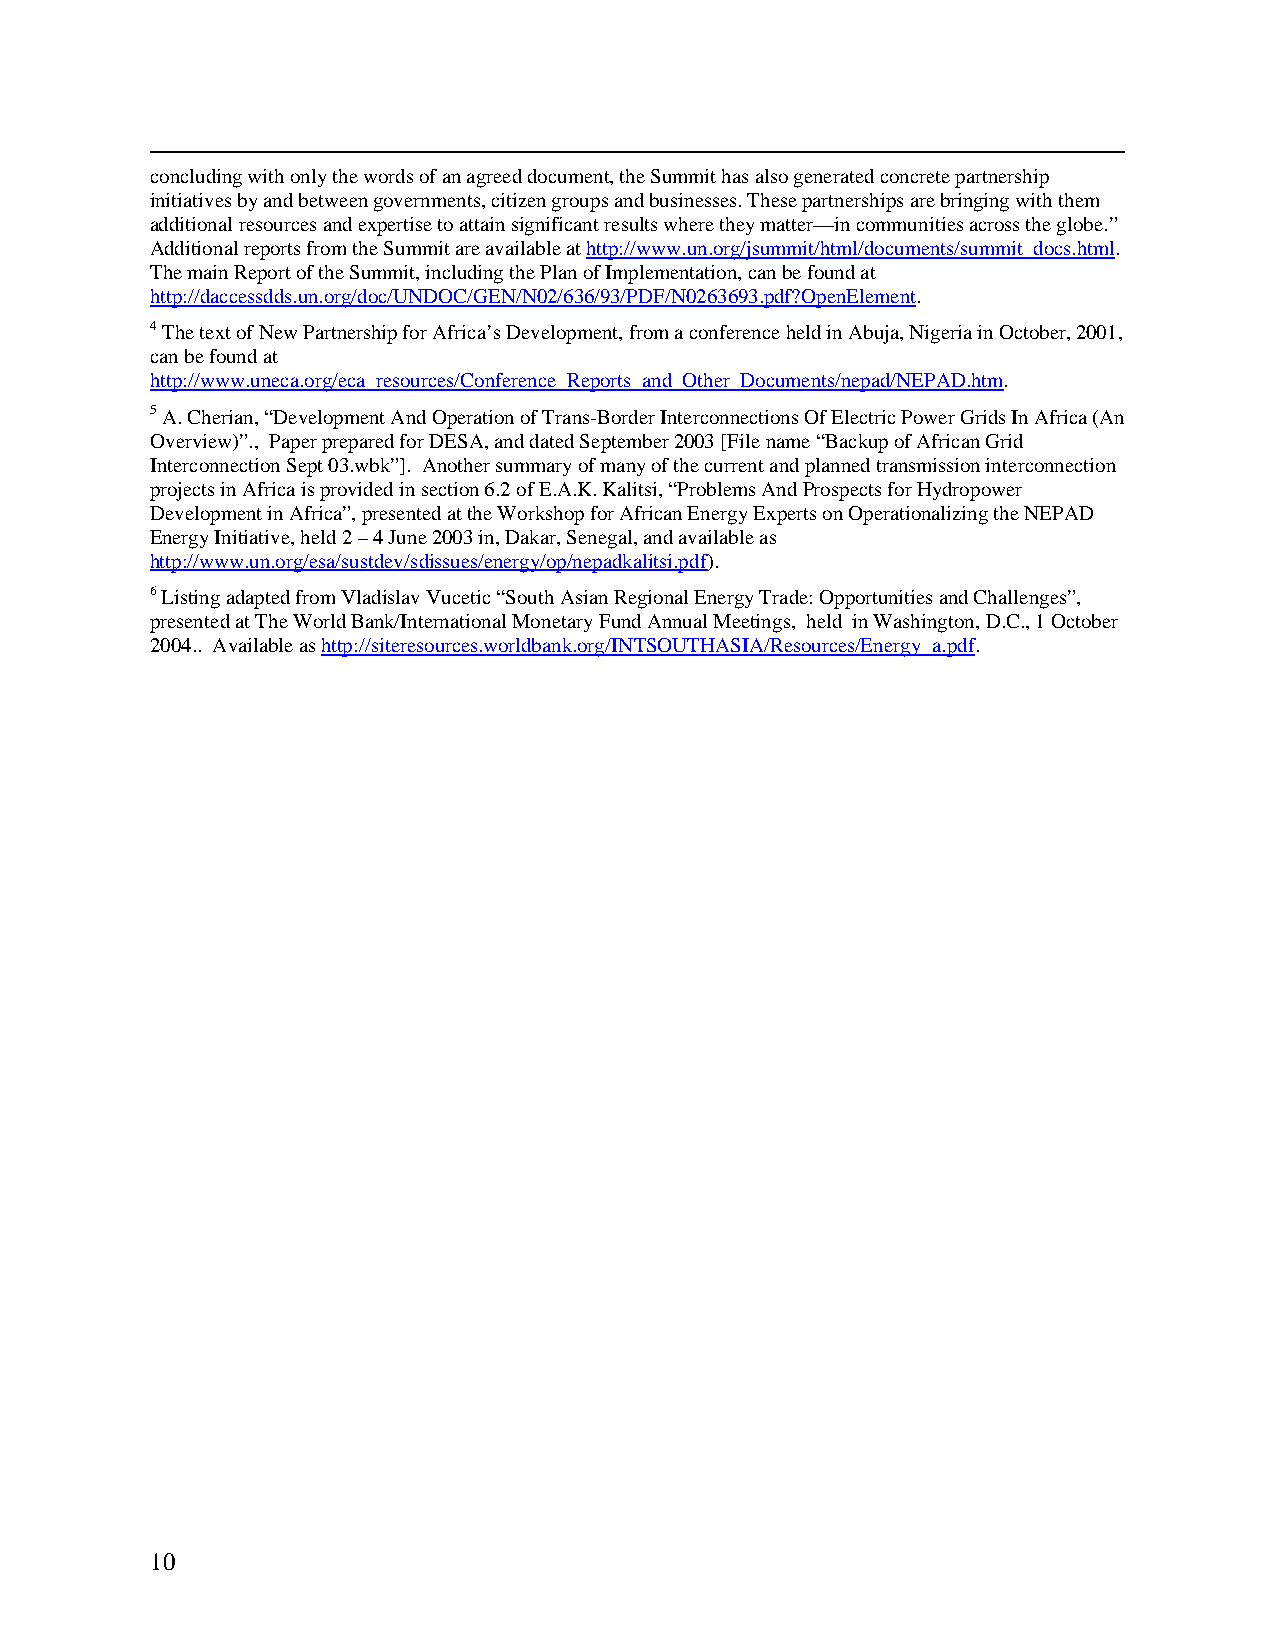
concluding with only the words of an agreed document, the Summit has also generated concrete partnership
 initiatives by and between governments, citizen groups and businesses. These partnerships are bringing with them
 additional resources and expertise to attain significant results where they matter—in communities across the globe.”
 Additional reports from the Summit are available at http://www.un.org/jsummit/html/documents/summit_docs.html.
 The main Report of the Summit, including the Plan of Implementation, can be found at
 http://daccessdds.un.org/doc/UNDOC/GEN/N02/636/93/PDF/N0263693.pdf?OpenElement.
 4 The text of New Partnership for Africa’s Development, from a conference held in Abuja, Nigeria in October, 2001,
 can be found at
 http://www.uneca.org/eca_resources/Conference_Reports_and_Other_Documents/nepad/NEPAD.htm.
 5 A. Cherian, “Development And Operation of Trans-Border Interconnections Of Electric Power Grids In Africa (An
 Overview)”., Paper prepared for DESA, and dated September 2003 [File name “Backup of African Grid
 Interconnection Sept 03.wbk”]. Another summary of many of the current and planned transmission interconnection
 projects in Africa is provided in section 6.2 of E.A.K. Kalitsi, “Problems And Prospects for Hydropower
 Development in Africa”, presented at the Workshop for African Energy Experts on Operationalizing the NEPAD
 Energy Initiative, held 2 – 4 June 2003 in, Dakar, Senegal, and available as
 http://www.un.org/esa/sustdev/sdissues/energy/op/nepadkalitsi.pdf).
 6 Listing adapted from Vladislav Vucetic “South Asian Regional Energy Trade: Opportunities and Challenges”,
 presented at The World Bank/International Monetary Fund Annual Meetings, held in Washington, D.C., 1 October
 2004.. Available as http://siteresources.worldbank.org/INTSOUTHASIA/Resources/Energy_a.pdf.
 10